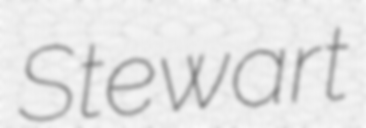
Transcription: Stewart